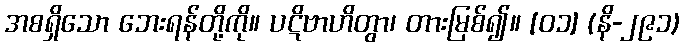
အစရှိသော ဘေးရန်တို့ကို။ ပဋိဗာဟိတွာ၊ တားမြစ်၍။ [၀၁] (နိ-၂၉၁)